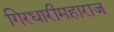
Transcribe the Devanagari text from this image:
गिरधारीमहाराज